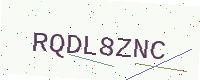
Text: RQDL8ZNC